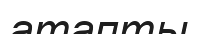
атапты